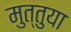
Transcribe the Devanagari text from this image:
मुत्तुया